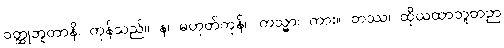
ဝတ္ထုဘူတာနိ၊ ကုန်သည်။ န၊ မဟုတ်ကုန်။ ကသ္မာ၊ ကား။ တဿ၊ ထိုယထာဘူတဉာ